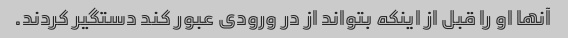
آنها او را قبل از اینکه بتواند از در ورودی عبور کند دستگیر کردند.